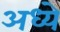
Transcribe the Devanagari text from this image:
अध्ये